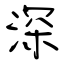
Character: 深